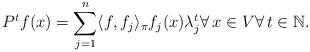
LaTeX: \begin{align*} P^t f (x)= \sum_{j=1}^n \langle f,f_j \rangle_\pi f_j(x)\lambda_j^t \forall \, x \in V \forall \, t \in \mathbb{N}.\end{align*}